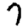
Digit: 7